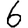
Digit: 6